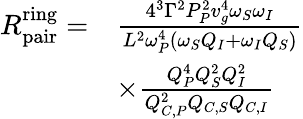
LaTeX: \begin{array}{rl}{R_{\mathrm{pair}}^{\mathrm{ring}}=}&{\frac{4^{3}\Gamma^{2}P_{P}^{2}v_{g}^{4}\omega_{S}\omega_{I}}{L^{2}\omega_{P}^{4}\left(\omega_{S}Q_{I}+\omega_{I}Q_{S}\right)}}\\ &{\times\frac{Q_{P}^{4}Q_{S}^{2}Q_{I}^{2}}{Q_{C,P}^{2}Q_{C,S}Q_{C,I}}}\end{array}